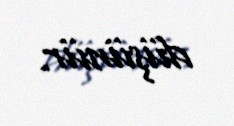
düşünür.